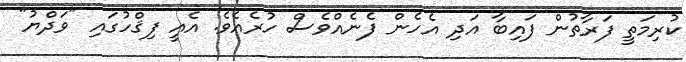
ކުރިމަތީ ފަރާތުން ފައިބާ އަދި އެހެން ފެނެއްވެސް ހުރެއެވެ. އެއީ ފިޤްހުގައި "ވަދްޔު"